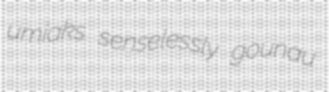
umiaks senselessly gounau